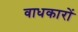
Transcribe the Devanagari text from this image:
वाधकारों